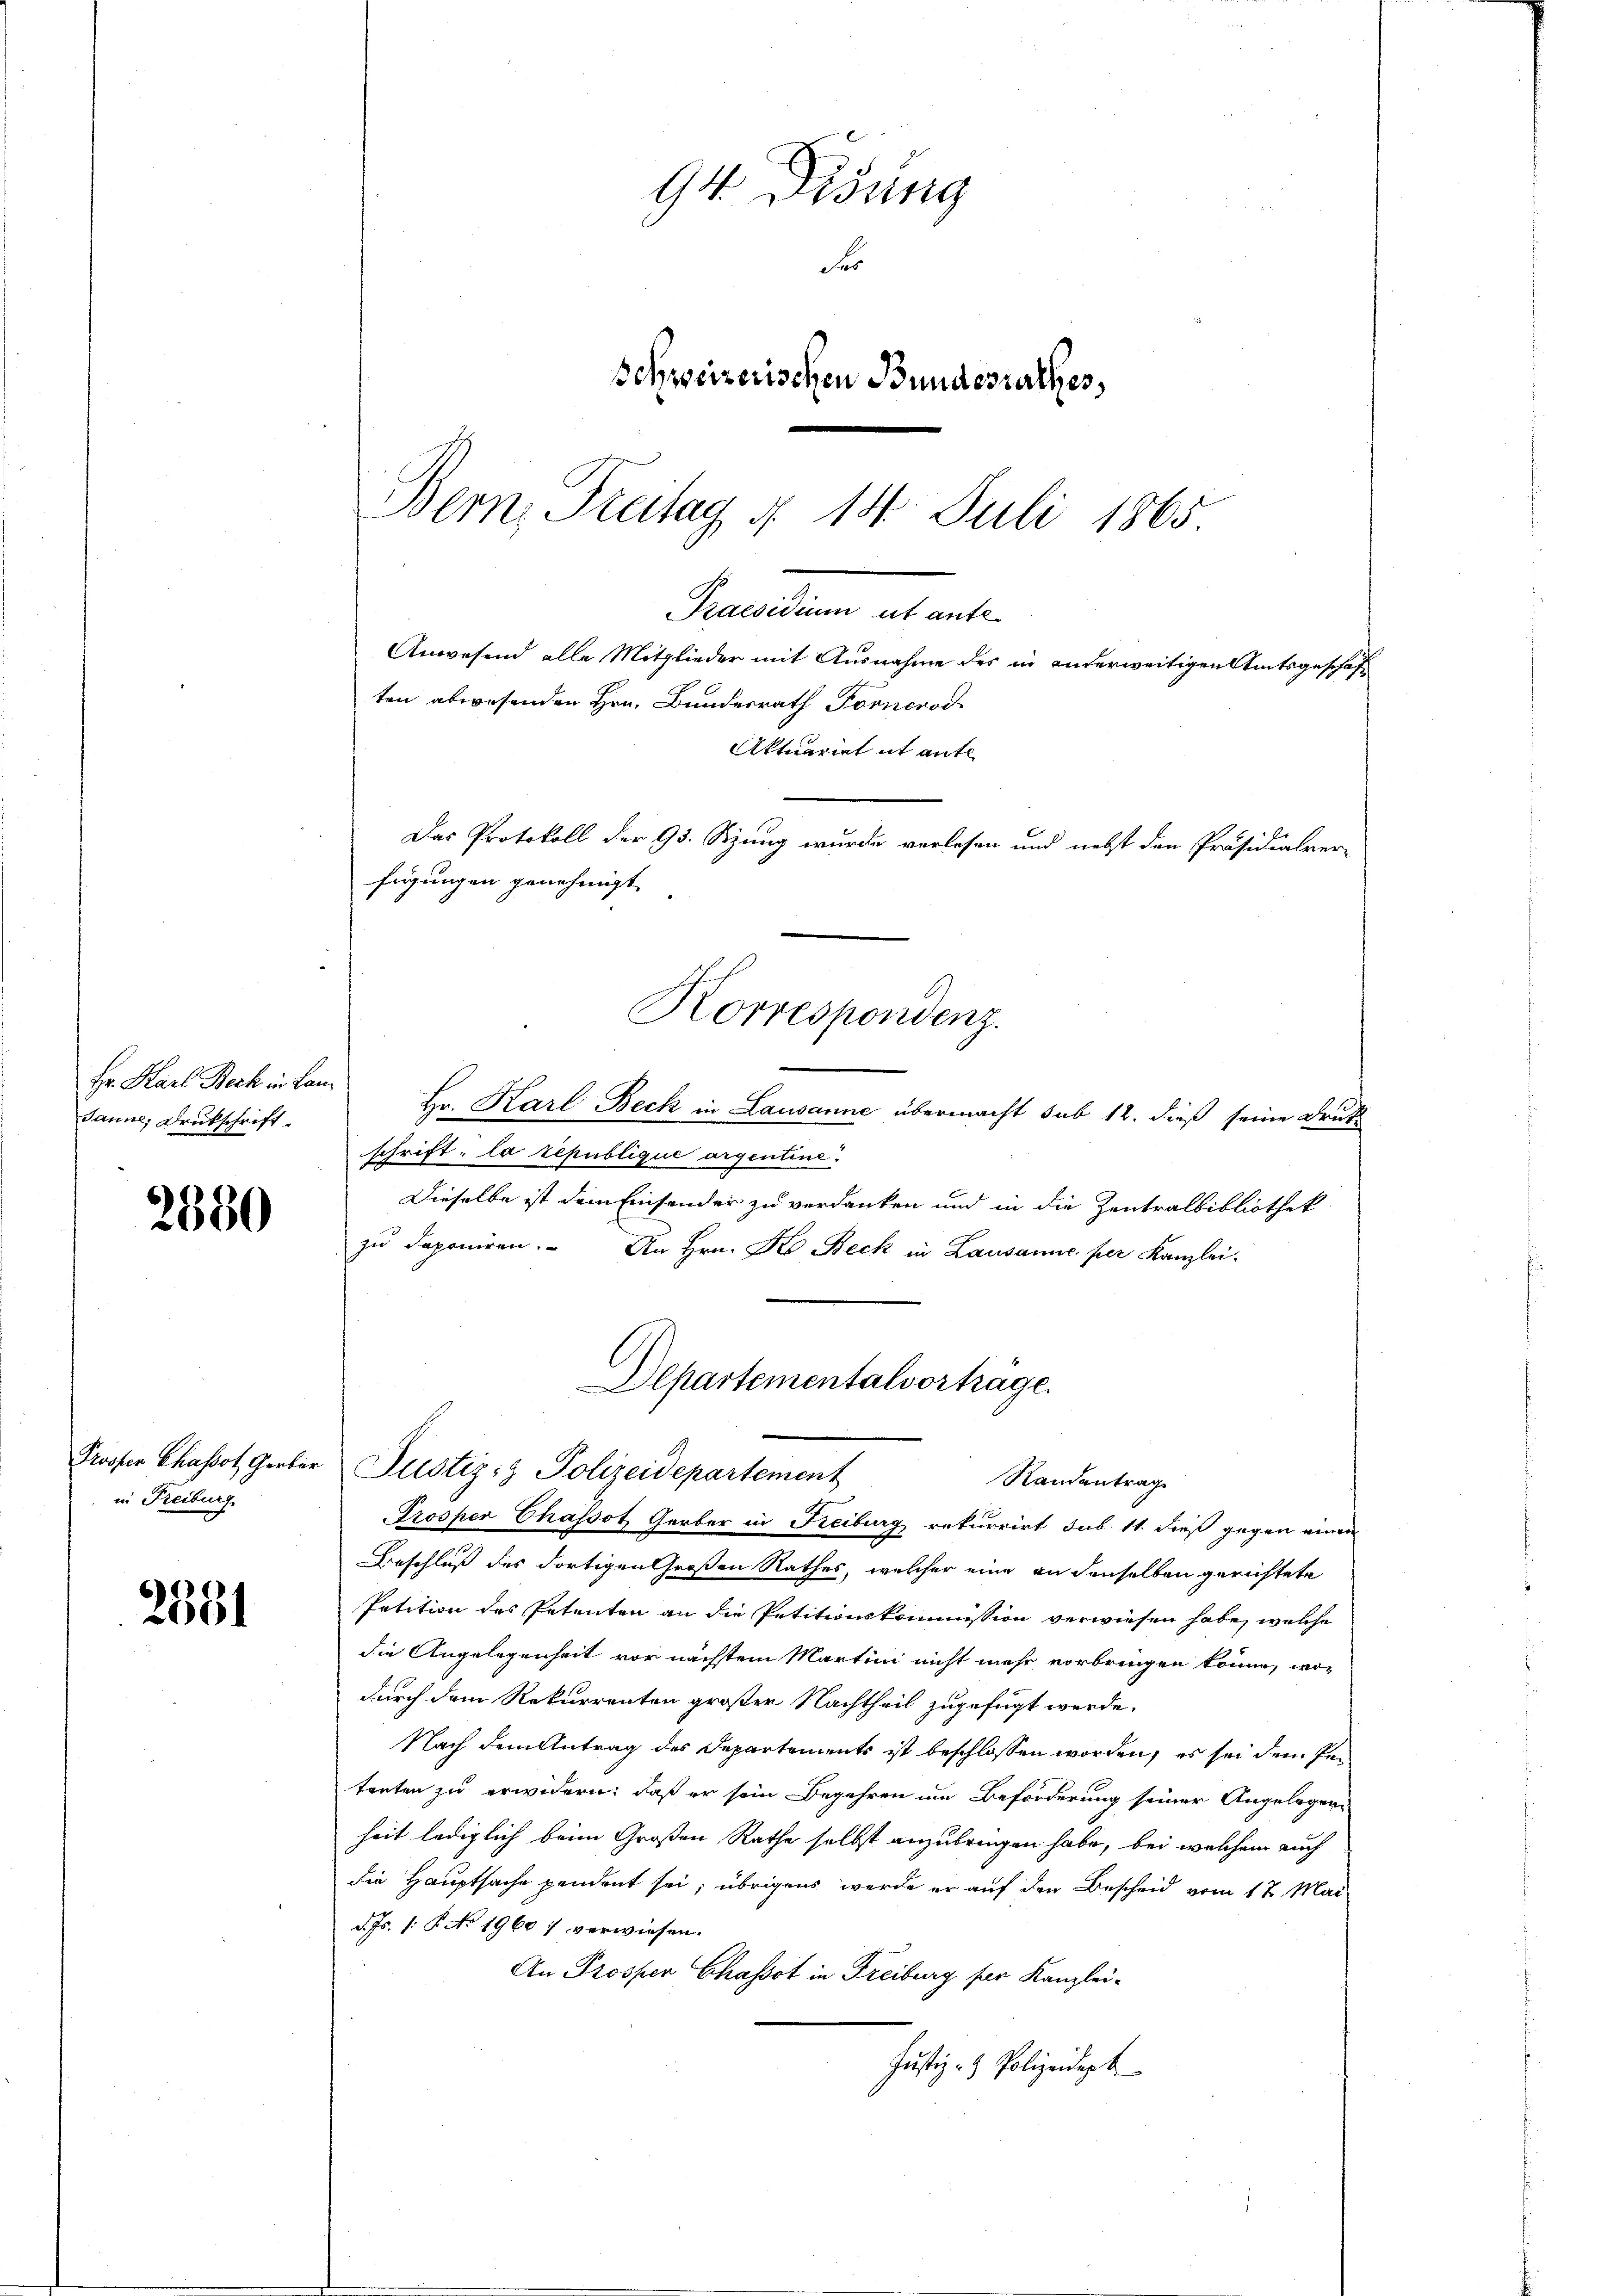
Hr. Karl Beck in Lan
Janne, Druckschrift

2380

in Freiburg

2881

ten abwesenden Hrn. Bundesrath Fornerod
Aktuariat it ante
Das Protokoll der 93. Sitzung wurde verlesen und nebst den Präsidialver-
fügungen genehmigt.
Korrespondenz.

94 Didung
Fr
Schweizerischen Bundesrathes,
Bern, Freitag §. 14. Juli 1865.

Praesidium ut ante
Anwesend alle Mitglieder mit Ausnahme des in anderweitigen Amtsgeschäft

Hr. Karl Beck in Lausanne übermacht sub 12. dieß seine Druk
schrift: la republique argentine.
Dieselbe ist dem Einsender zu verdanken und in die Zentralbibliothek
zŭ deponiren. An Hrn. F. Beck in Lausanne per Kanzlei-
Prosper Chassot Gerber in Freiburg rekurrirt sub 11. dieß gegen einen
Beschluß des dortigen Großen Rathes, welcher eine an denselben gerichtete
Petition des Petenten an die Petitionskommission verwiesen habe, welche
die Angelegenheit vor nächstem Martini nicht mehr vorbringen könne, wodurch dem Rekurrenten großer Nachtheil zugefügt werde.
Nach dem Antrag des Departements ist beschlossen worden, es sei dem Petenten zu erwidern, daß er sein Begehren im Beförderung seiner Angelegenheit lediglich beim Großen Rathe selbst anzubringen habe, bei welchem auch
die Hauptsache pendent sei; übrigens werde er auf den Bescheid vom 17. Mai
d. Js. 1. P. No. 1960; verwiesen.
An Prosper Chassot in Freiburg ser Kanzlei-
Justiz- & Polizeident

Departementalvorträge.
Prossen Chassot, Gerber Justiz- & Polizeidepartement
Randentrage